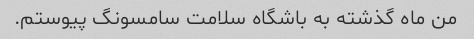
من ماه گذشته به باشگاه سلامت سامسونگ پیوستم.